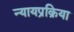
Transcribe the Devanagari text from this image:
न्यायप्रक्रिया